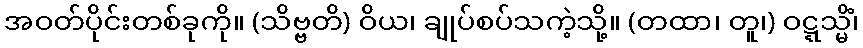
အဝတ်ပိုင်းတစ်ခုကို။ (သိဗ္ဗတိ) ဝိယ၊ ချုပ်စပ်သကဲ့သို့။ (တထာ၊ တူ၊) ဝဋ္ဋသ္မိံ၊